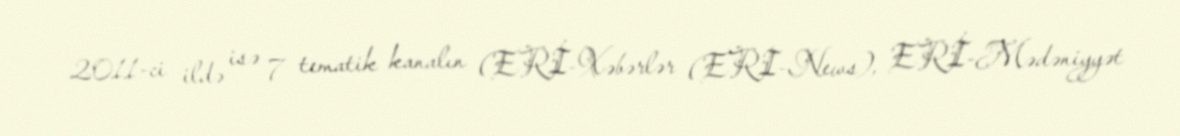
2011-ci ildə isə 7 tematik kanalın (ERİ-Xəbərlər (ERI-News), ERİ-Mədəniyyət